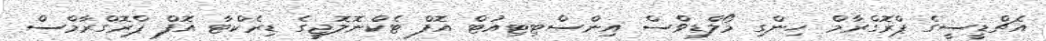
އެޗްޑީސީގެ ޕްރޮގްރާމް ހިންގި މޯލްޑިވްސް އިންސްޓިޓިއުޓް އޮފް ޓެކްނޮލޮޖީގެ ޑިރެކްޓާ އޮފް ޕްރޮގްރާމްސް